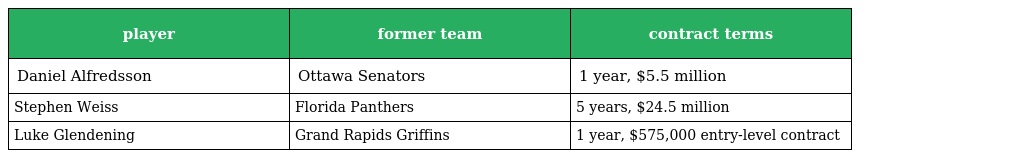
| player | former team | contract terms |
 | --- | --- | --- |
 | Daniel Alfredsson | Ottawa Senators | 1 year, $5.5 million |
 | Stephen Weiss | Florida Panthers | 5 years, $24.5 million |
 | Luke Glendening | Grand Rapids Griffins | 1 year, $575,000 entry-level contract |